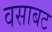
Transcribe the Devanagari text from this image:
वसाबट